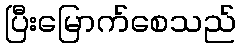
ပြီးမြောက်စေသည်